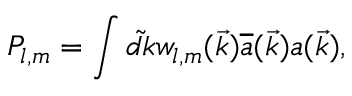
P _ { l , m } = \int { \tilde { d k } } w _ { l , m } ( \vec { k } ) { \overline { { { a } } } } ( \vec { k } ) a ( \vec { k } ) ,